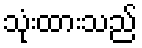
သုံးထားသည်